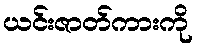
ယင်းဇာတ်ကားကို